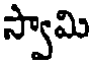
స్వామి